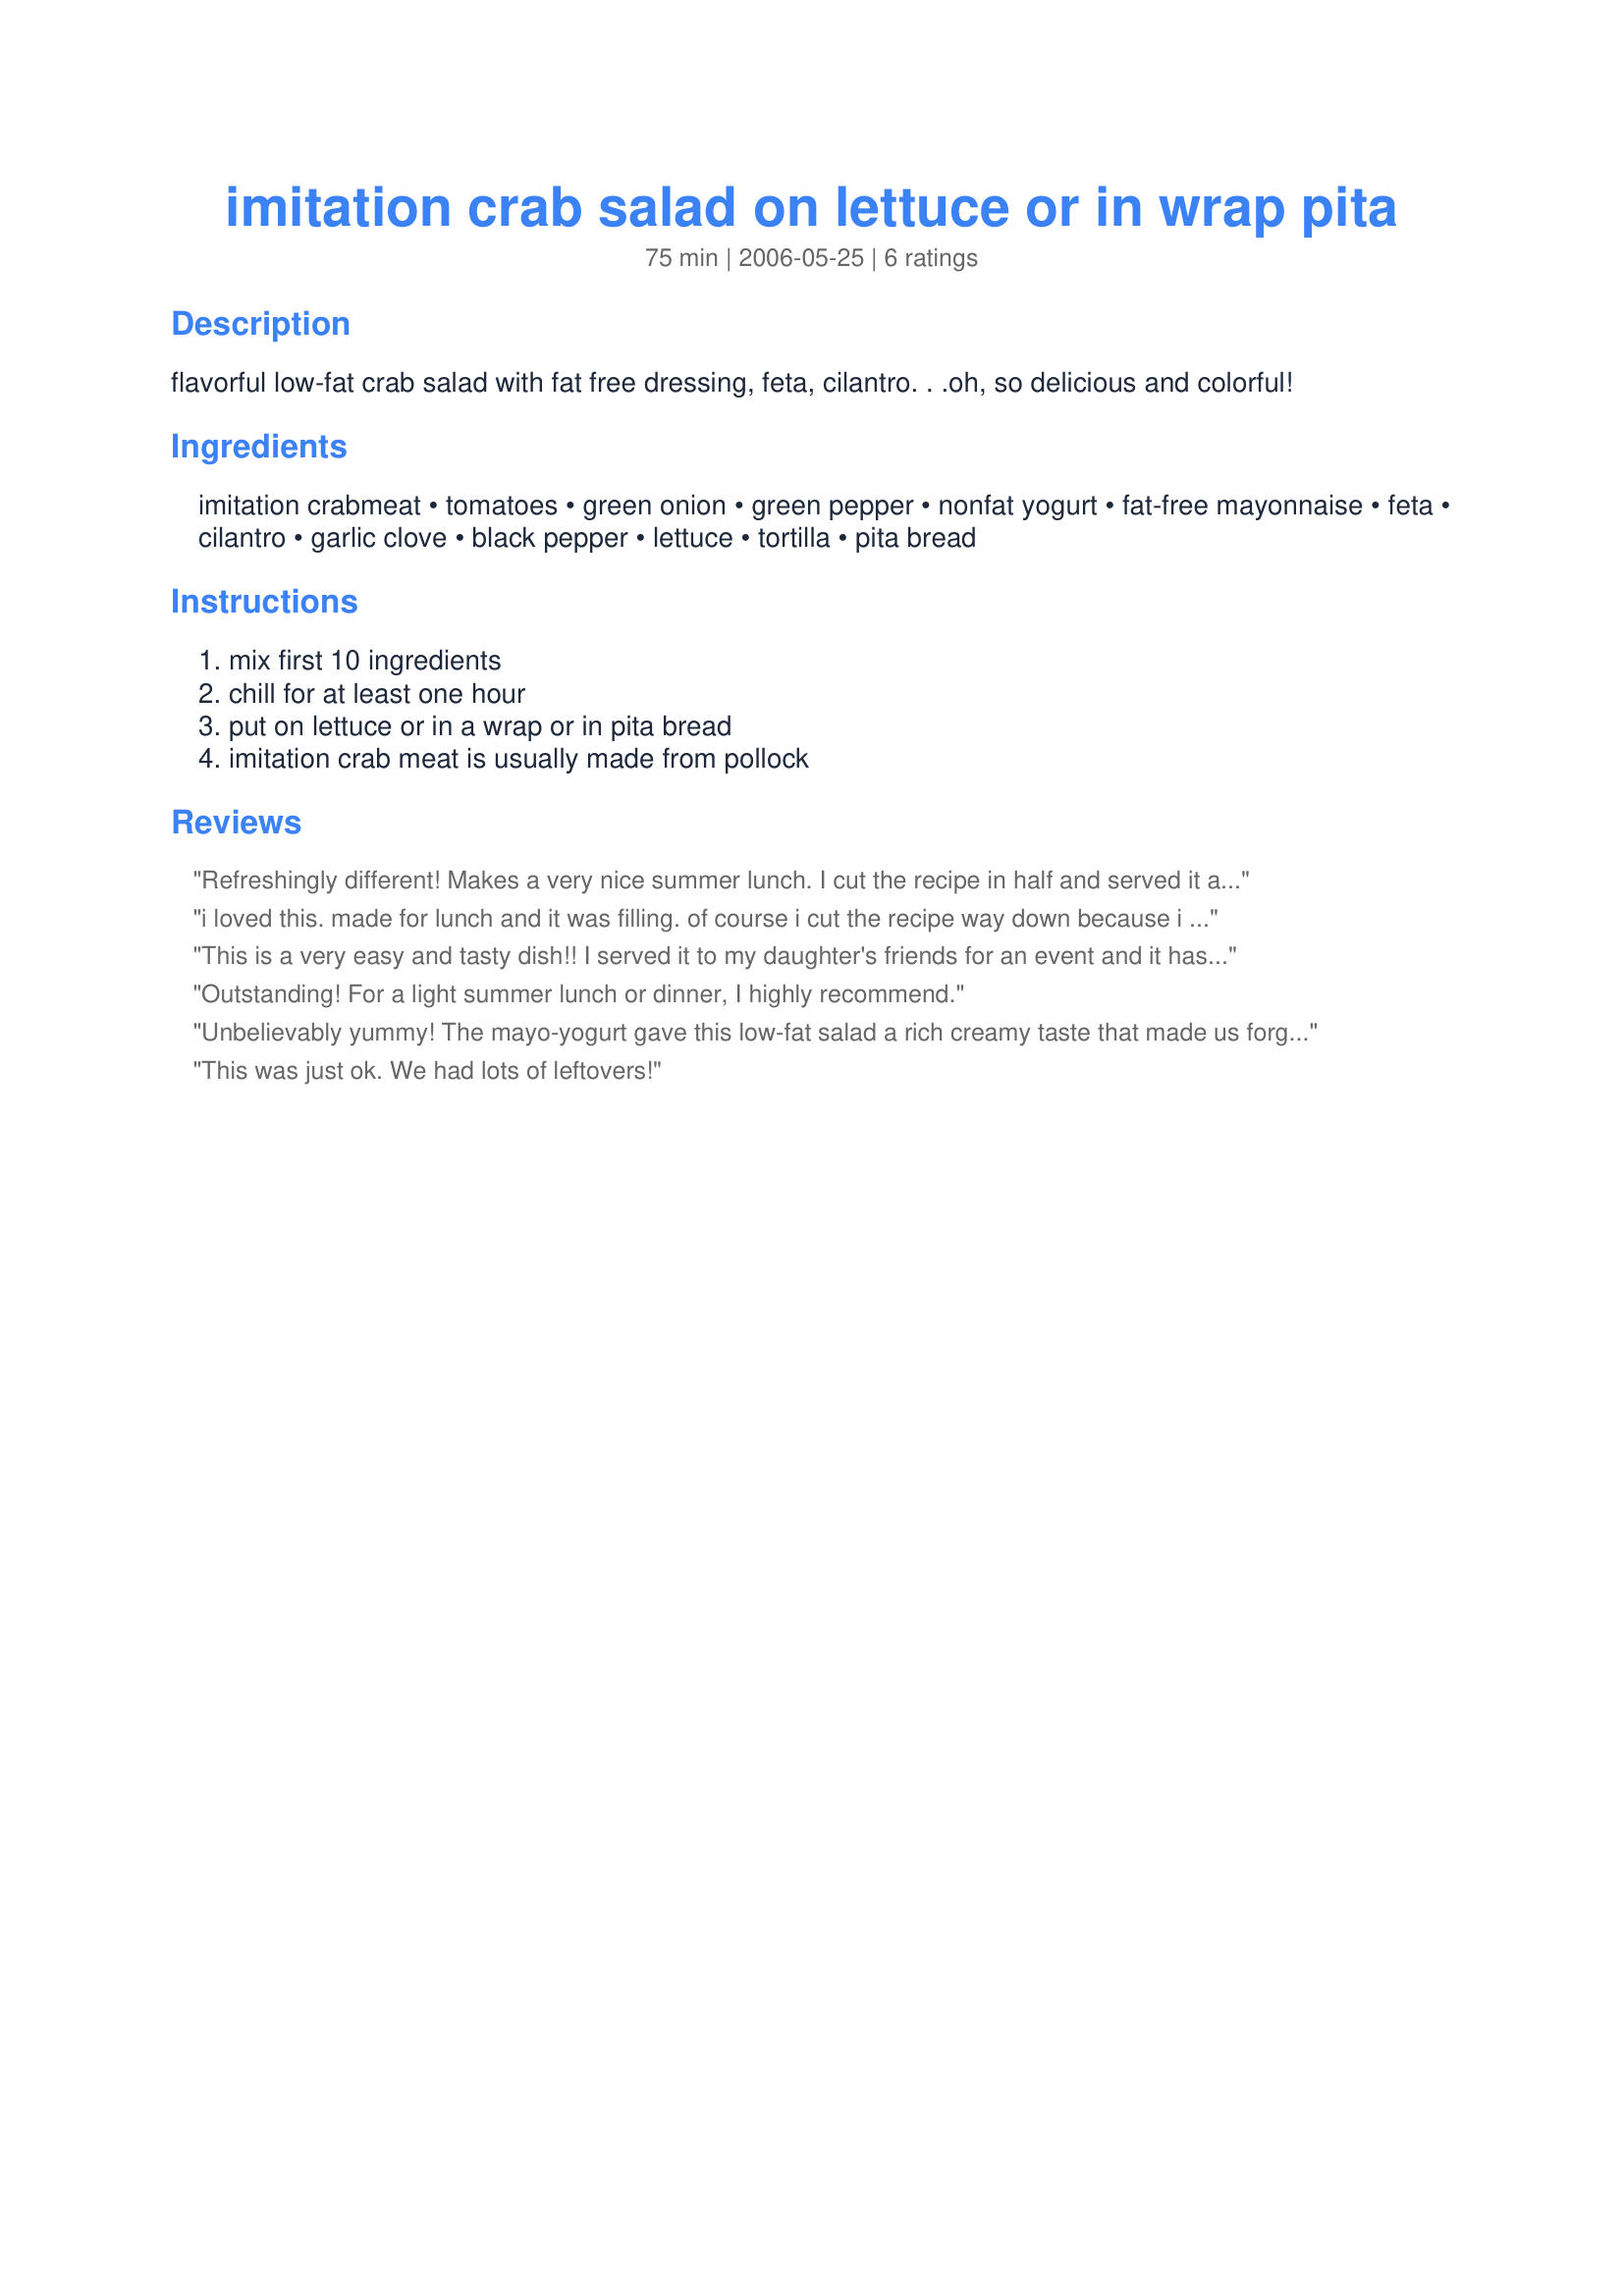
imitation crab salad on lettuce or in wrap pita
Preparation time: 75 minutes

flavorful low-fat crab salad with fat free dressing, feta, cilantro. . .oh, so delicious and colorful!

Ingredients:
imitation crabmeat, tomatoes, green onion, green pepper, nonfat yogurt, fat-free mayonnaise, feta, cilantro, garlic clove, black pepper, lettuce, tortilla, pita bread

Steps:
mix first 10 ingredients, chill for at least one hour, put on lettuce or in a wrap or in pita bread, imitation crab meat is usually made from pollock

Reviews:
Refreshingly different! Makes a very nice summer lunch. I cut the recipe in half and served it as a wrap on a heated garlic-flavored Tandori Naan. I didn't have a tomato so I used one half of a 10 ounce can of diced tomatoes and green chili peppers drained. I also omitted the green pepper as there were cooked peppers mixed with the tomatoes. I then added one cup of chopped fresh spinach, one cup of chopped baby bella mushrooms and I cup chopped cucumber. I omitted the garlic as I cannot eat it raw and substituted garlic-pepper salt for the seasoning along with one teaspoon of cilantro. Will make this again!
i loved this. made for lunch and it was filling. of course i cut the recipe way down because i just made it for myself. my co-worker also took some and he loved it as well. great for a light summer lunch. thanks for posting.
This is a very easy and tasty dish!! I served it to my daughter's friends for an event and it has become a staple for get togethers - especially showers. Try it!!
Outstanding! For a light summer lunch or dinner, I highly recommend.
Unbelievably yummy! The mayo-yogurt gave this low-fat salad a rich creamy taste that made us forget we were eating a light lunch. The feta cheese and cilantro really added a delicious flavor too. I did use 1 1/2 tsp dried cilantro instead of fresh. We served in tortillas and wrapped in lettuce. Both were very good! A delicious salad that we make often. Recommended!
This was just ok. We had lots of leftovers!
